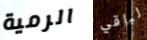
الرمية لباقي